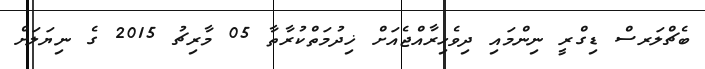
ބެޗްލަރސް ޑިގްރީ ނިންމައި ދިވެހިރާއްޖެއަށް ޚިދުމަތްކުރާތާ 05 މާރިޗު 2015 ގެ ނިޔަލަށް